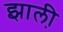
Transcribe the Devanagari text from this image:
झाली़